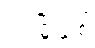
ဒဂုံမြို့သစ်